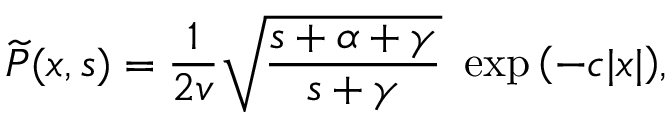
{ \widetilde P } ( x , s ) = \frac { 1 } { 2 v } \sqrt { \frac { s + \alpha + \gamma } { s + \gamma } } \ \exp { \left( - c | x | \right) } ,